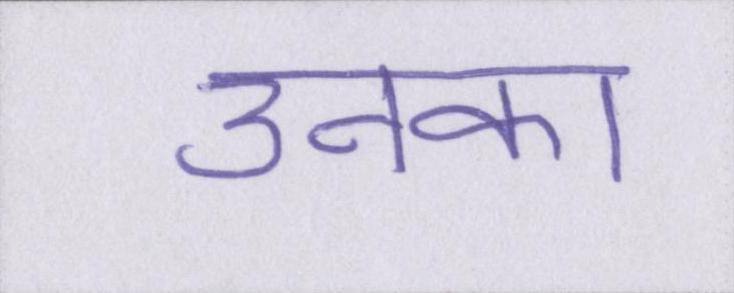
उनका